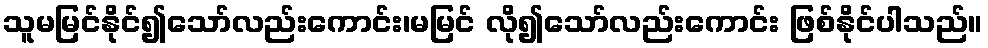
သူမမြင်နိုင်၍သော်လည်းကောင်း၊မမြင် လို၍သော်လည်းကောင်း ဖြစ်နိုင်ပါသည်။